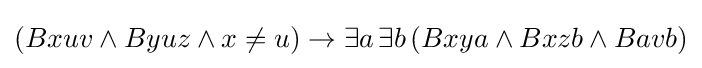
(Bxuv\land Byuz\land x\neq u)\rightarrow \exists a\,\exists b\,(Bxya\land Bxzb\land Bavb)